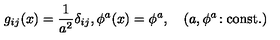
g _ { i j } ( x ) = { \frac { 1 } { a ^ { 2 } } } \delta _ { i j } , \phi ^ { a } ( x ) = \phi ^ { a } , \quad ( a , \phi ^ { a } \! : \mathrm { c o n s t . } )